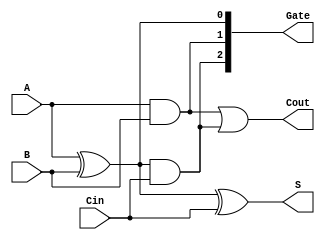
`timescale 1ns / 1ps
//////////////////////////////////////////////////////////////////////////////////
// Company: 
// Engineer: 
// 
// Design Name: 
// Module Name: Full_Adder
// Project Name: 
// Target Devices: 
// Tool Versions: 
// Description: 
// 
// Dependencies: 
// 
// Revision:
// Revision 0.01 - File Created
// Additional Comments:
// 
//////////////////////////////////////////////////////////////////////////////////


module Full_Adder(
    input  A,
    input  B,
    input  Cin,
    output S,
    output Cout,
    
    output [2:0]Gate
    );
    
    assign #1 Gate[0] = A ^ B;
    assign #1 Gate[1] = A & B;
    assign #1 Gate[2] = Gate[0] & Cin;
    
    assign #1 S = Gate[0] ^ Cin;
    assign #1 Cout = Gate[1] | Gate[2];
endmodule